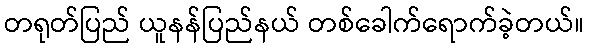
တရုတ်ပြည် ယူနန်ပြည်နယ် တစ်ခေါက်ရောက်ခဲ့တယ်။